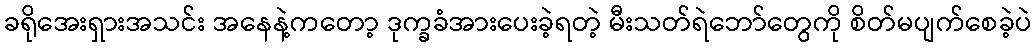
ခရိုအေးရှားအသင်း အနေနဲ့ကတော့ ဒုက္ခခံအားပေးခဲ့ရတဲ့ မီးသတ်ရဲဘော်တွေကို စိတ်မပျက်စေခဲ့ပဲ